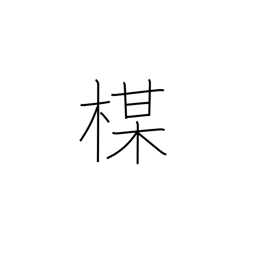
Meaning: plum